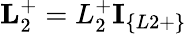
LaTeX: \textbf{L}_{2}^{+}=L_{2}^{+}\textbf{I}_{\{ L2+\} }